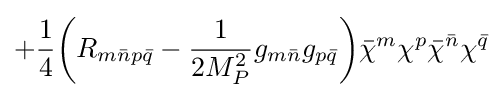
+{\frac {1}{4}}{\bigg (}R_{m{\bar {n}}p{\bar {q}}}-{\frac {1}{2M_{P}^{2}}}g_{m{\bar {n}}}g_{p{\bar {q}}}{\bigg )}{\bar {\chi }}^{m}\chi ^{p}{\bar {\chi }}^{\bar {n}}\chi ^{\bar {q}}